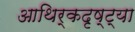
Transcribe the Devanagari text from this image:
आथिर्कदृष्ट्या